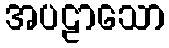
အပဠာသော